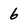
Character: 6